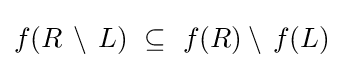
f(R\,\setminus \,L)~\subseteq ~f(R)\setminus \,f(L)